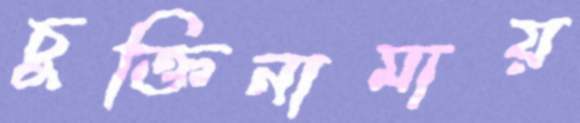
চুক্তিনামায়